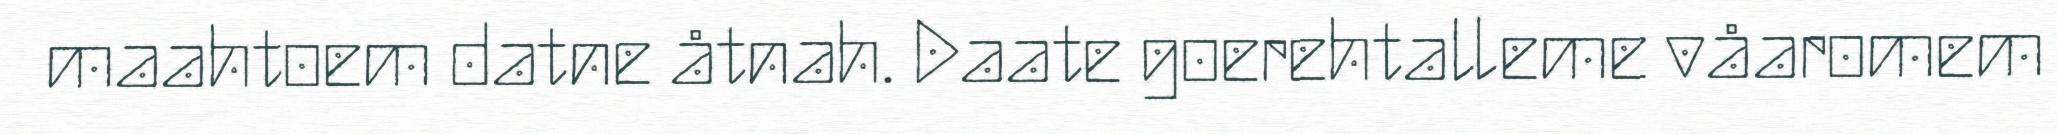
maahtoem datne åtnah. Daate goerehtalleme våaromem